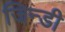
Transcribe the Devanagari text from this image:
जिन्डी